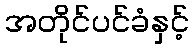
အတိုင်ပင်ခံနှင့်